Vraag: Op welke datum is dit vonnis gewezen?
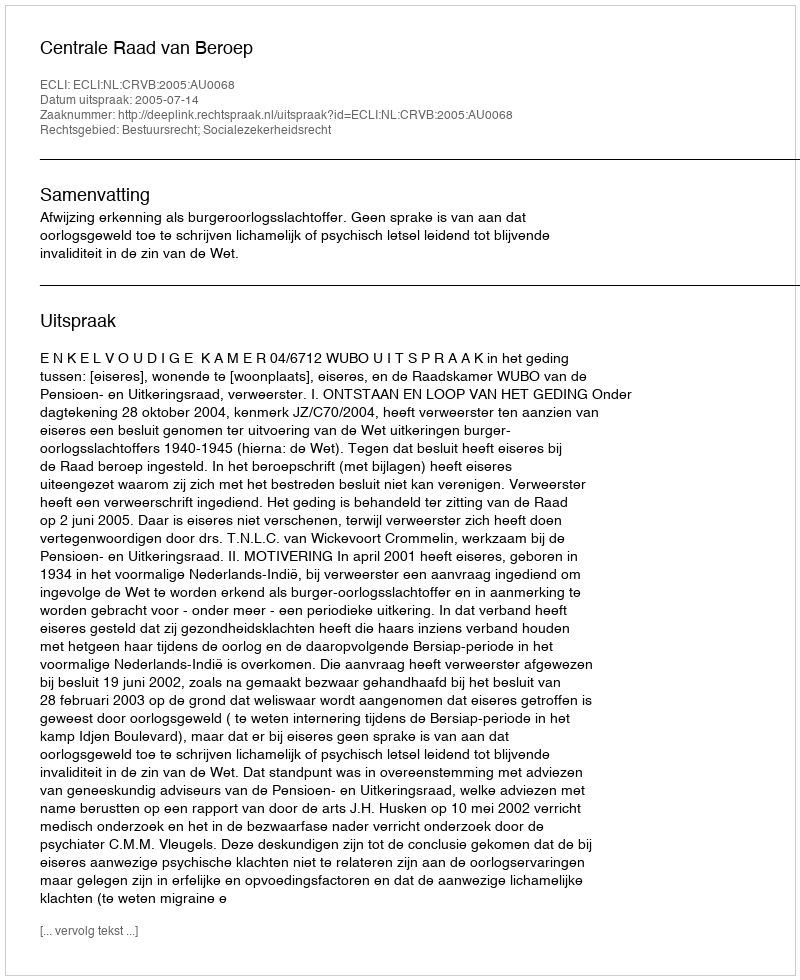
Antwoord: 2005-07-14